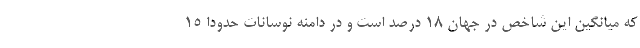
که میانگین این شاخص در جهان ۱۸ درصد است و در دامنه نوسانات حدودا ۱۵